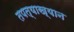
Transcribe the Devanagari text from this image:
तपत्याख्यान